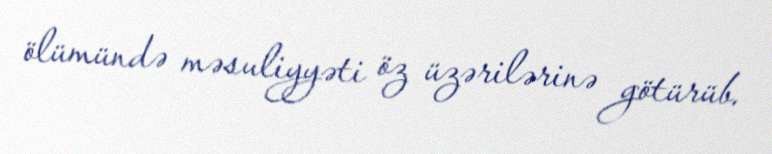
ölümündə məsuliyyəti öz üzərilərinə götürüb.